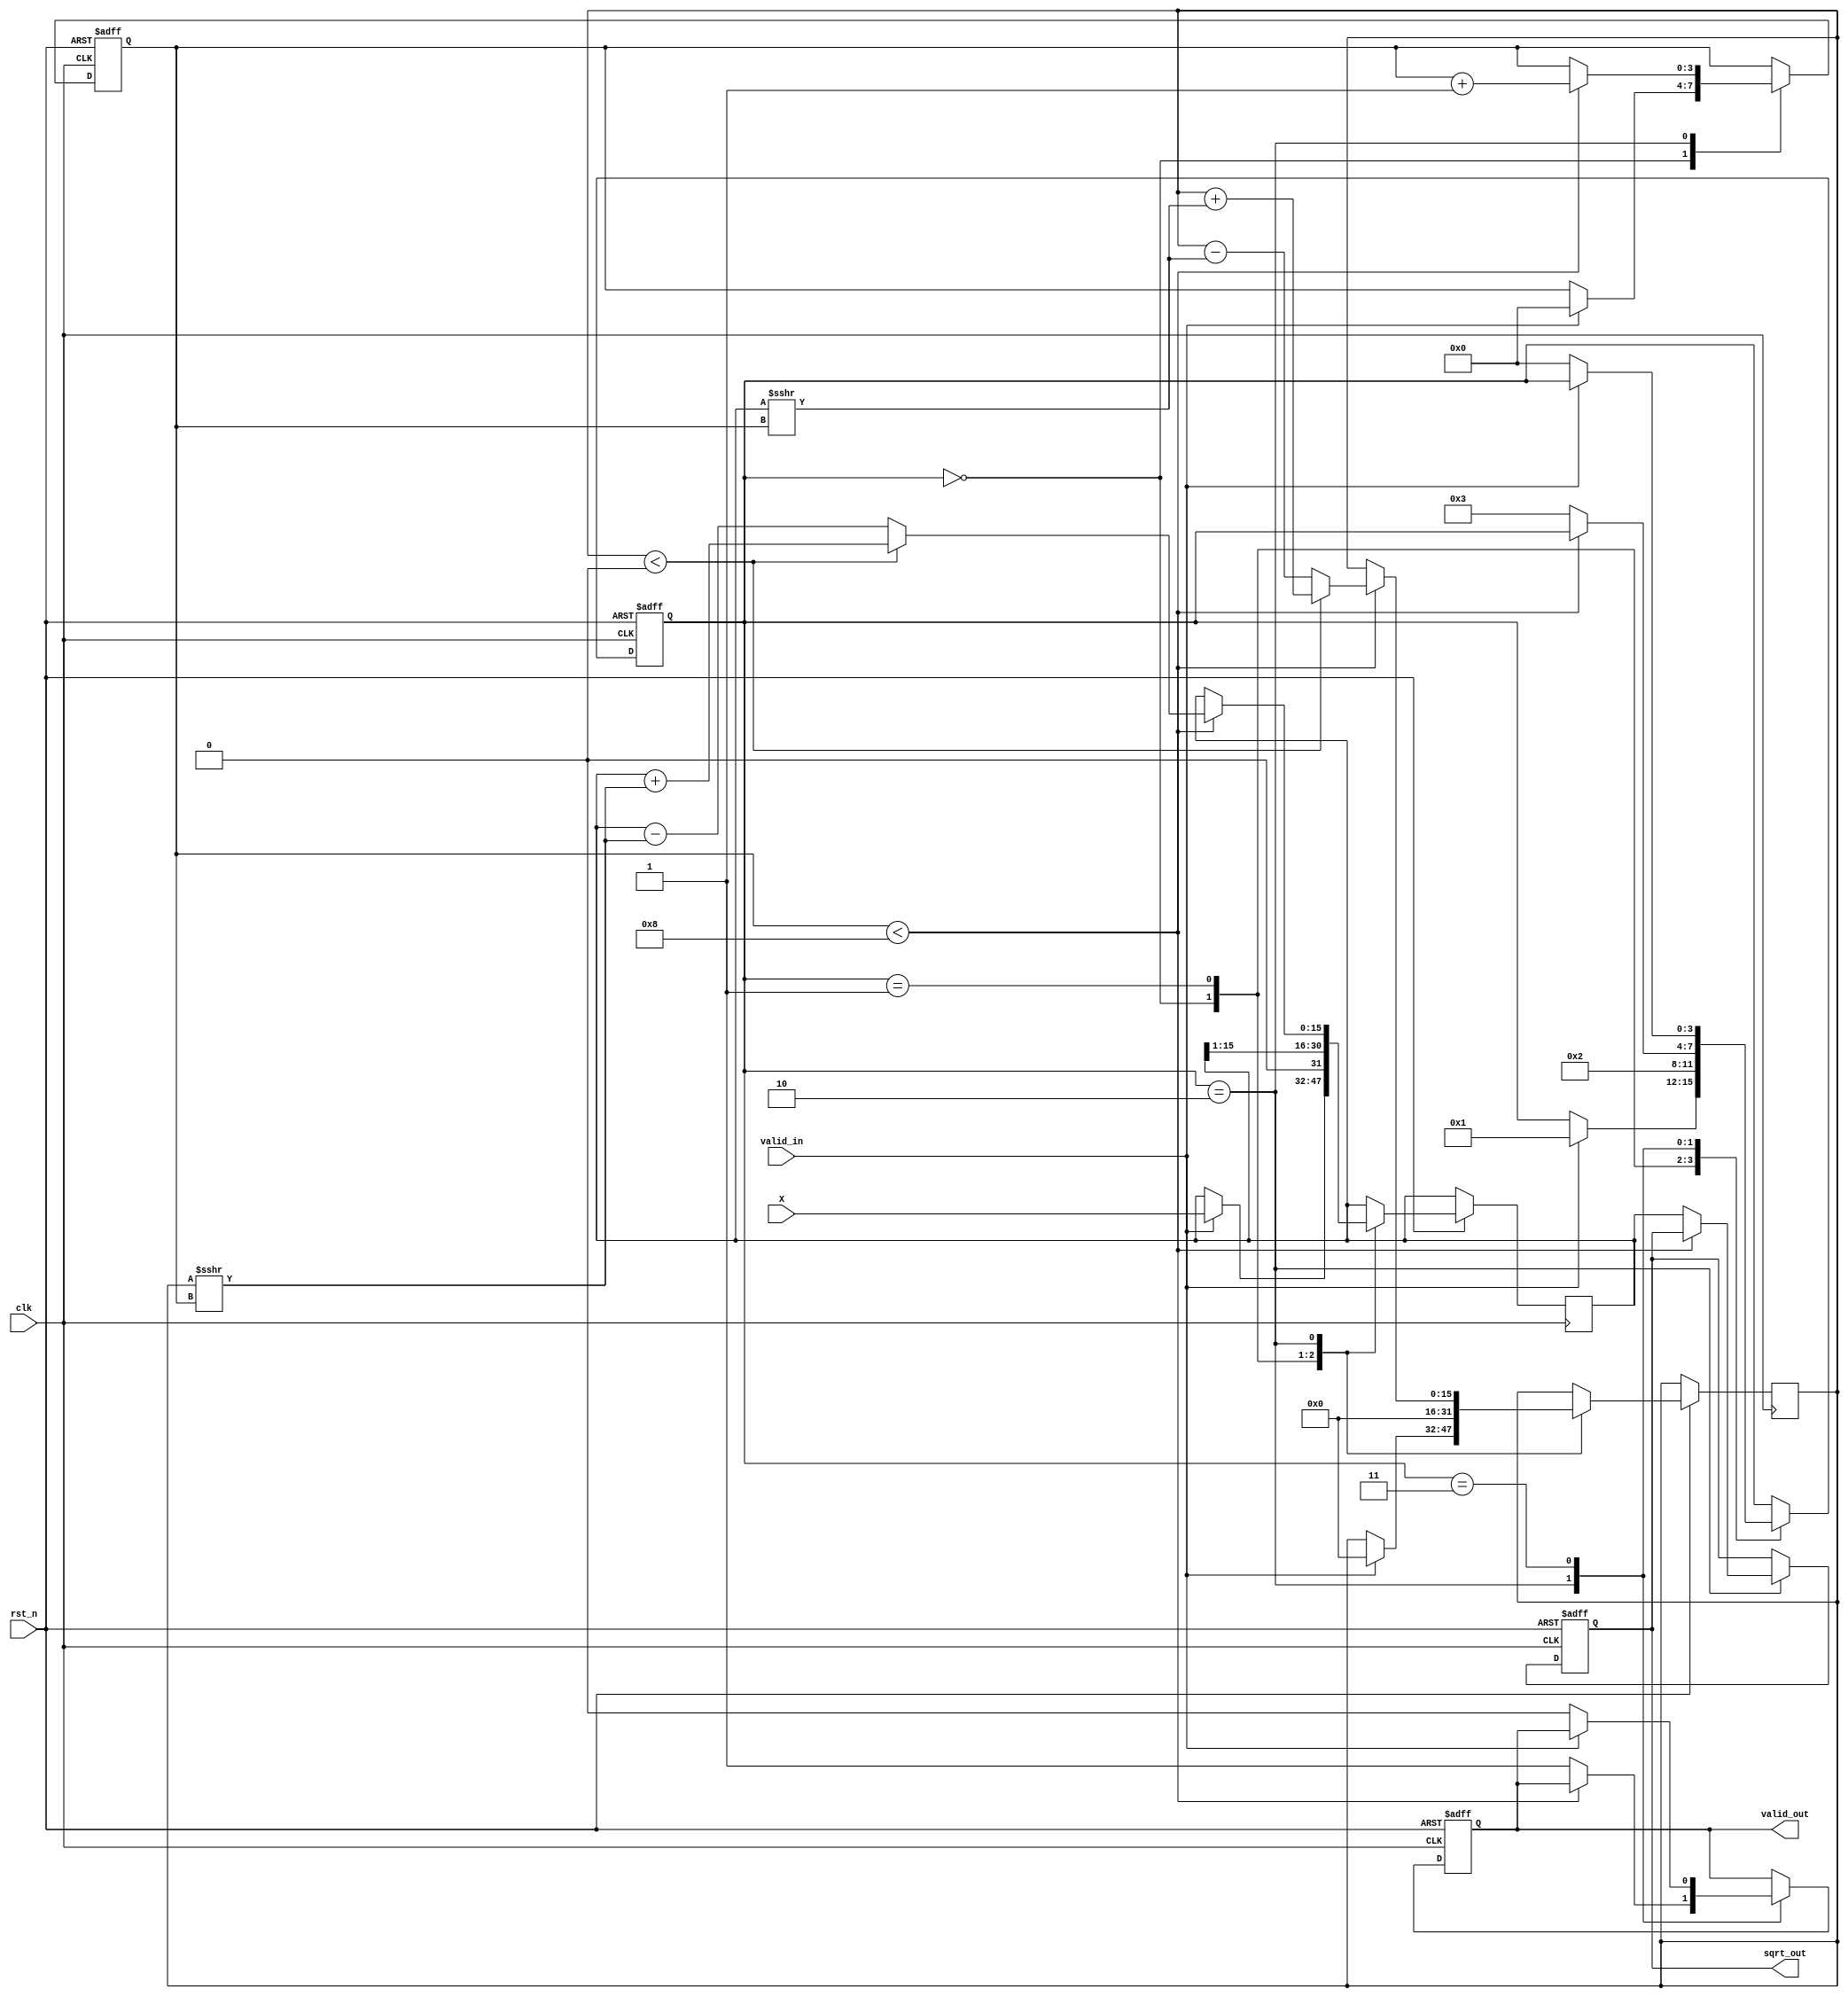
module cordic_sqrt #(
    parameter WIDTH = 16,      // Input/Output width
    parameter ITERATIONS = 8   // Number of iterations
)(
    input wire clk,
    input wire rst_n,
    input wire valid_in,
    input wire [WIDTH-1:0] X,  // Input value (must be positive)
    output reg valid_out,
    output reg [WIDTH-1:0] sqrt_out
);

    // Internal signals
    reg [WIDTH-1:0] x, y;
    reg [WIDTH-1:0] z; // Angle accumulator
    reg [3:0] state;
    reg [3:0] iteration_count;

    localparam IDLE = 0;
    localparam INIT = 1;
    localparam ITERATE = 2;
    localparam DONE = 3;

    // CORDIC angle lookup table for square root calculation
    reg [WIDTH-1:0] angle_table [0:ITERATIONS-1];
    initial begin
        // Predefined angles for CORDIC rotations (in fixed-point representation)
        angle_table[0] = 32'h00000000; // theta_0
        angle_table[1] = 32'h00000000; // theta_1
        angle_table[2] = 32'h00000000; // theta_2
        angle_table[3] = 32'h00000000; // theta_3
        angle_table[4] = 32'h00000000; // theta_4
        angle_table[5] = 32'h00000000; // theta_5
        angle_table[6] = 32'h00000000; // theta_6
        angle_table[7] = 32'h00000000; // theta_7
    end

    // State machine for control logic
    always @(posedge clk or negedge rst_n) begin
        if (!rst_n) begin
            state <= IDLE;
            valid_out <= 0;
            iteration_count <= 0;
            sqrt_out <= 0;
        end else begin
            case (state)
                IDLE: begin
                    if (valid_in) begin
                        x <= X;             // Initialize x with input value
                        y <= 0;             // Initialize y to zero
                        z <= 0;             // Initialize angle
                        iteration_count <= 0; // Reset iteration count
                        state <= INIT;
                    end
                end
                INIT: begin
                    // Initial approximation: x = X/2, y = 0
                    x <= x >>> 1; // Shift right for initial approximation
                    y <= 0;
                    state <= ITERATE;
                end
                ITERATE: begin
                    if (iteration_count < ITERATIONS) begin
                        // CORDIC rotation equations
                        if (y < 0) begin
                            // Rotate clockwise
                            x <= x + (y >>> iteration_count);
                            y <= y + (x >>> iteration_count);
                            z <= z - angle_table[iteration_count];
                        end else begin
                            // Rotate counter-clockwise
                            x <= x - (y >>> iteration_count);
                            y <= y - (x >>> iteration_count);
                            z <= z + angle_table[iteration_count];
                        end
                        iteration_count <= iteration_count + 1;
                    end else begin
                        // Finish iterations
                        sqrt_out <= x; // Final approximation of square root
                        valid_out <= 1; // Indicate output is valid
                        state <= DONE;
                    end
                end
                DONE: begin
                    // Reset state after output valid
                    if (!valid_in) begin
                        valid_out <= 0;
                        state <= IDLE;
                    end
                end
            endcase
        end
    end
endmodule